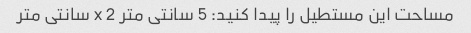
مساحت این مستطیل را پیدا کنید: 5 سانتی متر x 2 سانتی متر